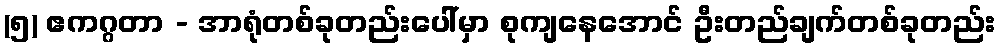
(၅) ဧကဂ္ဂတာ - အာရုံတစ်ခုတည်းပေါ်မှာ စုကျနေအောင် ဦးတည်ချက်တစ်ခုတည်း